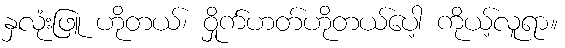
နှလုံးဖြူ ဟိုတယ်၊ ဝှိုက်ဟတ်ဟိုတယ်ပေါ့ ကိုယ့်လူရာ။